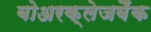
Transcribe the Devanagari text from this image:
बोअरक्लेजबैंक